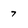
Character: 7